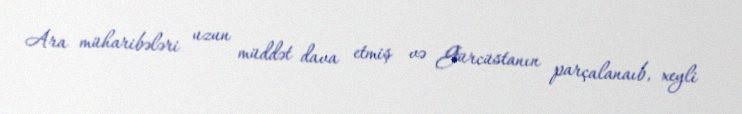
Ara müharibələri uzun müddət dava etmiş və Gürcüstanın parçalanaıb, xeyli